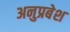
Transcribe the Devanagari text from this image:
अनुप्रबेश